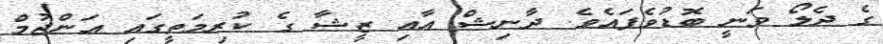
ގެ ދެލޯ ވަނީ ބޮޑުވެފައެވެ. ދާނިޝް އާއި ޒީޝާ ގެ ކުރިމަތީގައި އަންޖުމް